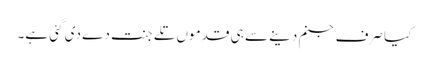
کیا صرف جنم دینے سے ہی قدموں تلے جنت دے دی گئی ہے۔